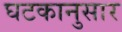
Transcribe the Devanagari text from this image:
घटकानुसार